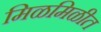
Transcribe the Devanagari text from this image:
मिळमिळीत